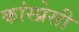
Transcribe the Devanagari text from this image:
कांस्प्रेसी